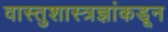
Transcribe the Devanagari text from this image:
वास्तुशास्त्रज्ञांकडून